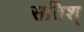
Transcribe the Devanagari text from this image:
सतिश्